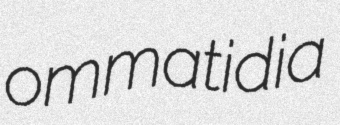
ommatidia